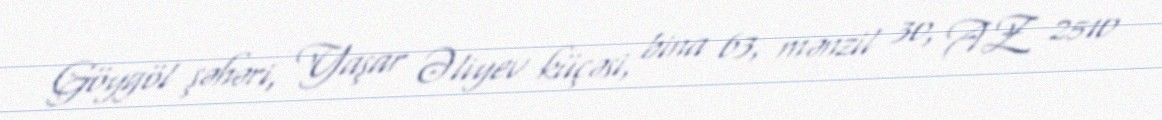
Göygöl şəhəri, Yaşar Əliyev küçəsi, bina 63, mənzil 30, AZ 2510